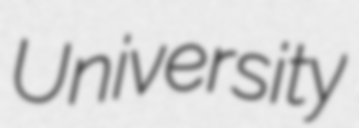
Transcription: University